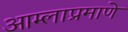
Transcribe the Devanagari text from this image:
आम्लाप्रमाणे